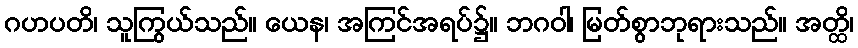
ဂဟပတိ၊ သူကြွယ်သည်။ ယေန၊ အကြင်အရပ်၌။ ဘဂဝါ၊ မြတ်စွာဘုရားသည်။ အတ္ထိ၊